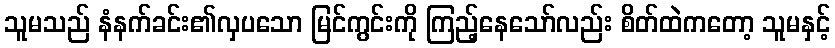
သူမသည် နံနက်ခင်း၏လှပသော မြင်ကွင်းကို ကြည့်နေသော်လည်း စိတ်ထဲကတော့ သူမနှင့်